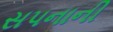
સપનાની